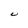
Character: U